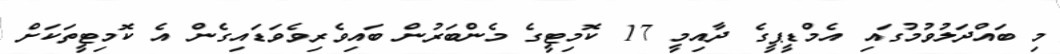
މި ބައްދަލުވުމުގައި އެމްޑީޕީގެ ދާއިމީ 17 ކޮމިޓީގެ މެންބަރުން ބައިވެރިވެވަޑައިގެން އެ ކޮމިޓީތަކަށް